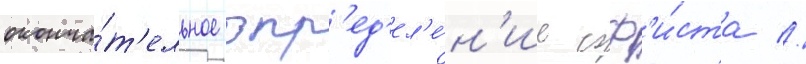
оконча́т'ельное опр'ед'ел'е́н'ие соф'и́ста //